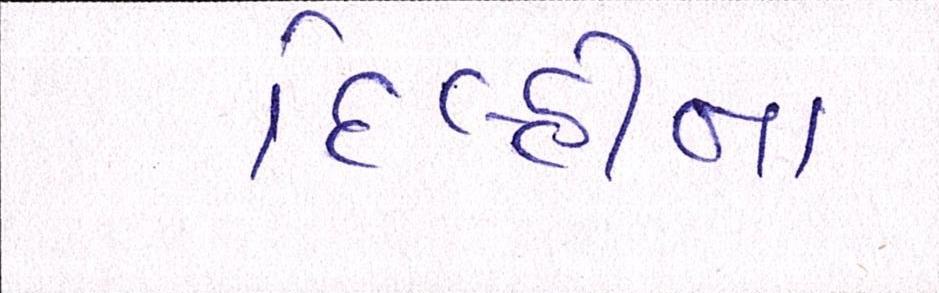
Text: દિલ્હીના